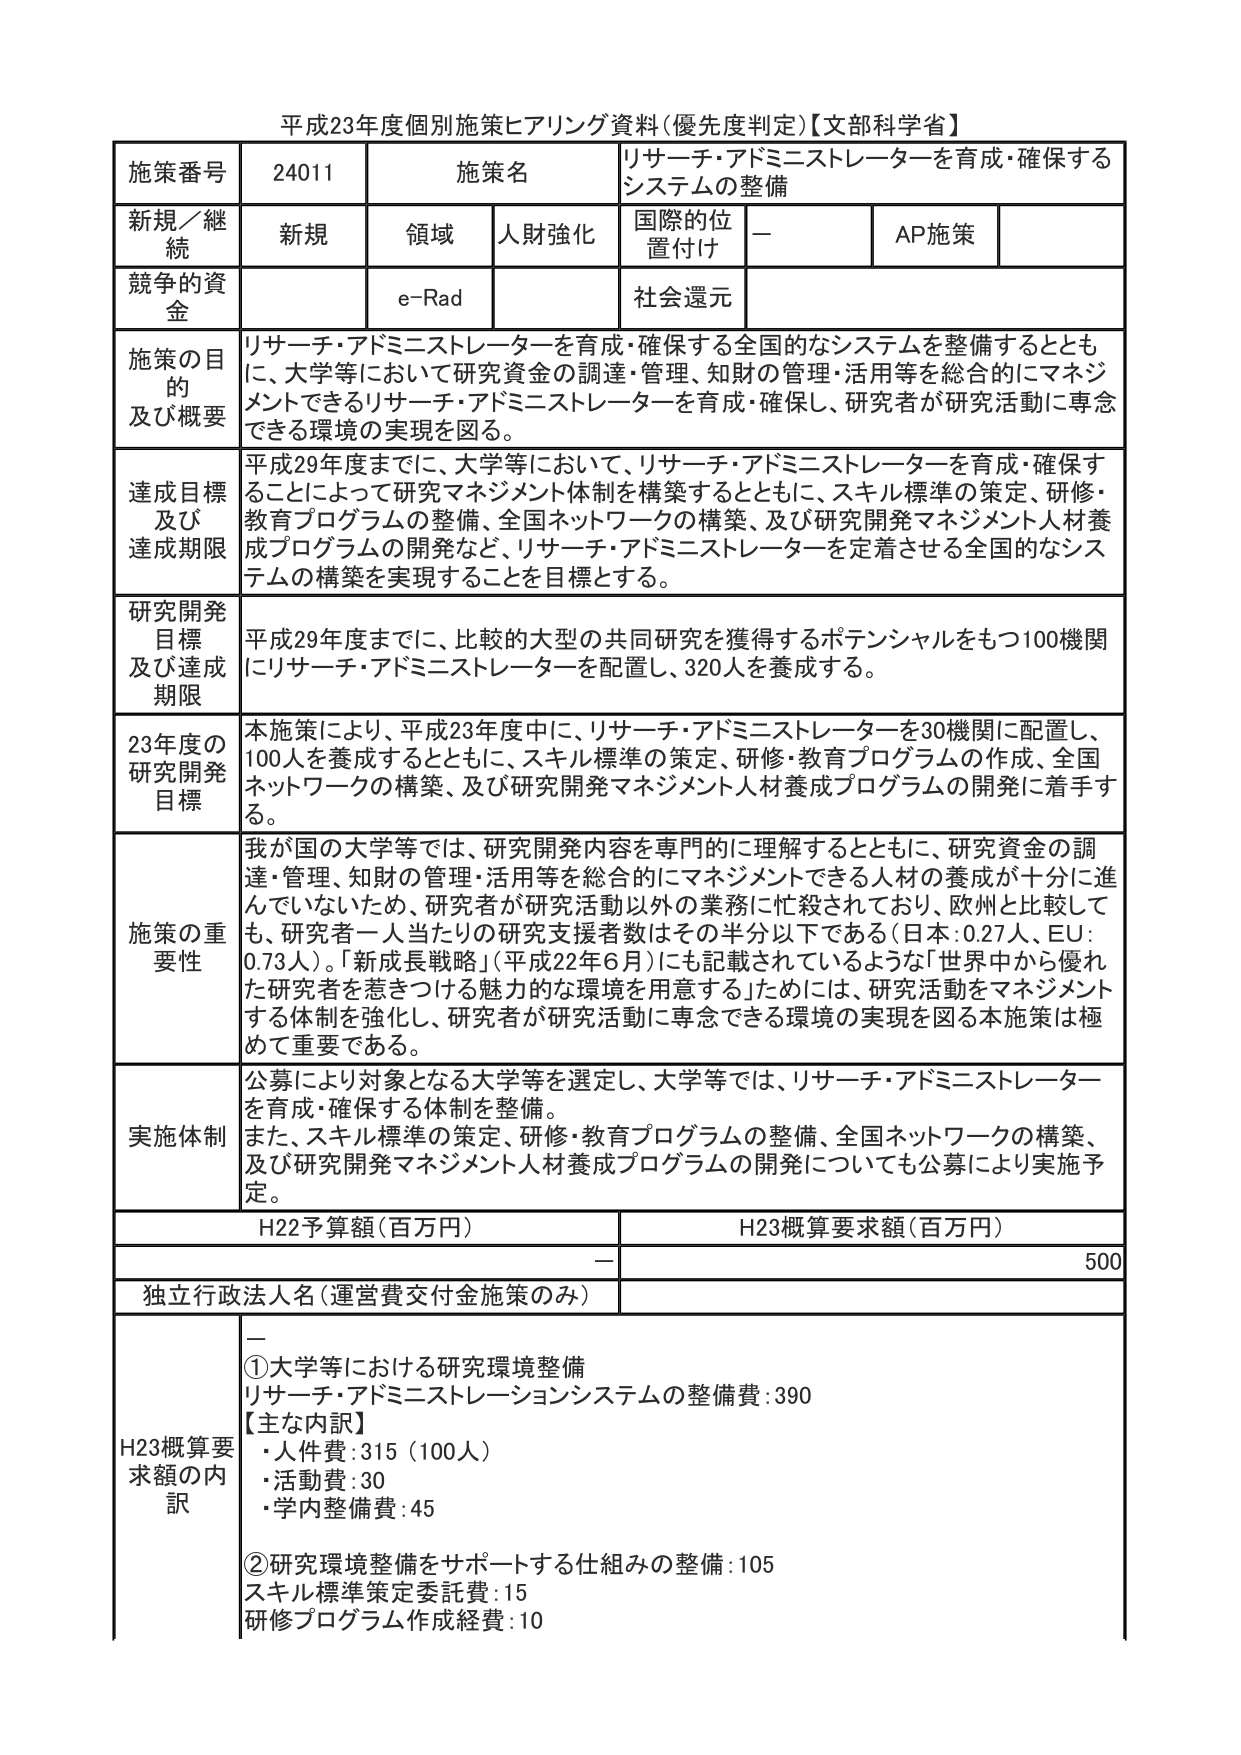
平成23年度個別施策ヒアリング資料(優先度判定)【文部科学省】

施策番号 24011 施策名 リサーチ・アドミニストレーターを育成・確保するシステムの整備

新規／継続 新規 領域 人財強化 国際的位置付け － AP施策

競争的資金 e-Rad 社会還元

施策の目的及び概要 リサーチ・アドミニストレーターを育成・確保する全国的なシステムを整備するとともに、大学等において研究資金の調達・管理、知財の管理・活用等を総合的にマネジメントできるリサーチ・アドミニストレーターを育成・確保し、研究者が研究活動に専念できる環境の実現を図る。

達成目標及び達成期限 平成29年度までに、大学等において、リサーチ・アドミニストレーターを育成・確保することによって研究マネジメント体制を構築するとともに、スキル標準の策定、研修・教育プログラムの整備、全国ネットワークの構築、及び研究開発マネジメント人材養成プログラムの開発など、リサーチ・アドミニストレーターを定着させる全国的なシステムの構築を実現することを目標とする。

研究開発目標及び達成期限 平成29年度までに、比較的大型の共同研究を獲得するポテンシャルをもつ100機関にリサーチ・アドミニストレーターを配置し、320人を養成する。

23年度の研究開発目標 本施策により、平成23年度中に、リサーチ・アドミニストレーターを30機関に配置し、100人を養成するとともに、スキル標準の策定、研修・教育プログラムの作成、全国ネットワークの構築、及び研究開発マネジメント人材養成プログラムの開発に着手する。

施策の重要性 我が国の大学等では、研究開発内容を専門的に理解するとともに、研究資金の調達・管理、知財の管理・活用等を総合的にマネジメントできる人材の養成が十分に進んでいないため、研究者が研究活動以外の業務に忙殺されており、欧州と比較しても、研究者一人当たりの研究支援者数はその半分以下である（日本：0.27人、EU：0.73人）。「新成長戦略」（平成22年6月）にも記載されているような「世界中から優れた研究者を惹きつける魅力的な環境を用意する」ためには、研究活動をマネジメントする体制を強化し、研究者が研究活動に専念できる環境の実現を図る本施策は極めて重要である。

実施体制 公募により対象となる大学等を選定し、大学等では、リサーチ・アドミニストレーターを育成・確保する体制を整備。また、スキル標準の策定、研修・教育プログラムの整備、全国ネットワークの構築、及び研究開発マネジメント人材養成プログラムの開発についても公募により実施予定。

H22予算額（百万円） － H23概算要求額（百万円） 500

独立行政法人名（運営費交付金施策のみ） －

H23概算要求額の内訳 ①大学等における研究環境整備 リサーチ・アドミニストレーションシステムの整備費：390 【主な内訳】 ・人件費：315（100人） ・活動費：30 ・学内整備費：45 ②研究環境整備をサポートする仕組みの整備：105 スキル標準策定委託費：15 研修プログラム作成経費：10